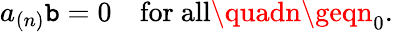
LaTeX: a_{(n)}\mathtt{b}=0\quad\mathrm{{for~all}}\quadn\geqn_{0}.